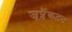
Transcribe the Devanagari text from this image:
जूप्लैंकटन